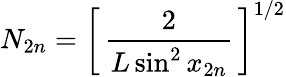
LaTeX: N_{2n}=\left[\, \frac{2}{L\sin^{2}x_{2n}}\, \right]^{1/2}